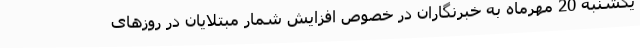
یکشنبه 20 مهرماه به خبرنگاران در خصوص افزایش شمار مبتلایان در روزهای